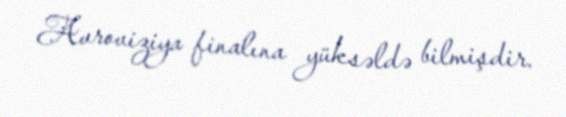
Avroviziya finalına yüksəldə bilmişdir.